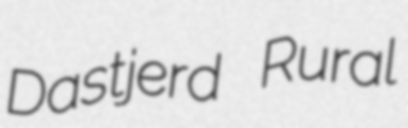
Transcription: Dastjerd Rural